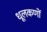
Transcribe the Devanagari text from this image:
धूलकणों